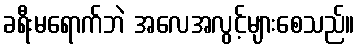
ခရီးမရောက်ဘဲ အလေအလွင့်များစေသည်။